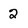
Character: 2